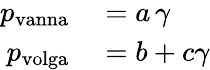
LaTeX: \begin{array}{rl}{p_{\mathrm{{vanna}}}}&{{}=a\, \gamma}\\ {p_{\mathrm{{volga}}}}&{{}=b+c\gamma}\end{array}